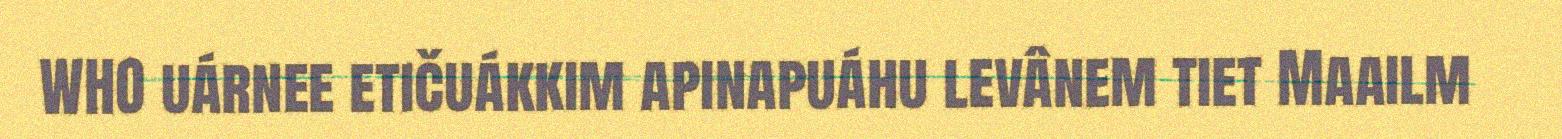
WHO uárnee etičuákkim apinapuáhu levânem tiet Maailm